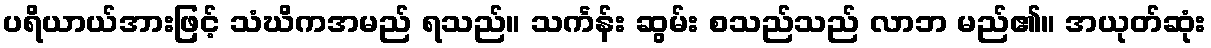
ပရိယာယ်အားဖြင့် သံဃိကအမည် ရသည်။ သင်္ကန်း ဆွမ်း စသည်သည် လာဘ မည်၏။ အယုတ်ဆုံး